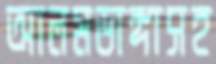
আলমডাঙ্গাসহ